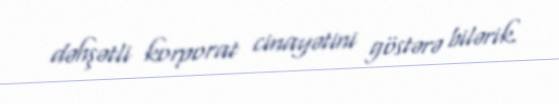
dəhşətli korporat cinayətini göstərə bilərik.